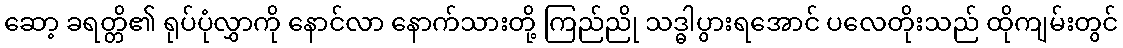
ဆော့ ခရတ္တိ၏ ရုပ်ပုံလွှာကို နောင်လာ နောက်သားတို့ ကြည်ညို သဒ္ဓါပွားရအောင် ပလေတိုးသည် ထိုကျမ်းတွင်